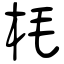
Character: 枆